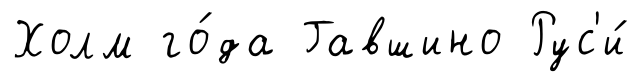
Холм го́да Гавшино Рус'и́